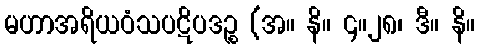
မဟာအရိယဝံသပဋိပဒဉ္စ (အ။ နိ။ ၄။၂၈၊ ဒီ။ နိ။